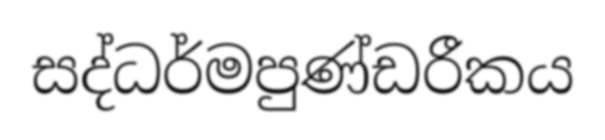
සද්ධර්මපුණ්ඩරීකය